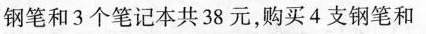
钢笔和3个笔记本共38元，购买4支钢笔和